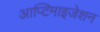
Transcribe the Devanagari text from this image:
आप्टिमाइजेशन